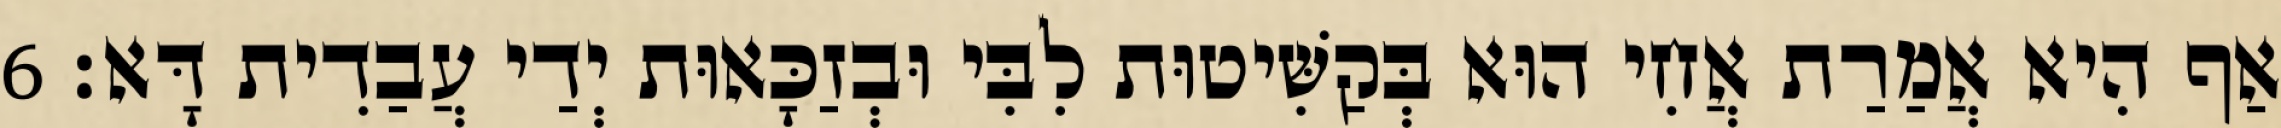
אַף הִיא אֲמַרַת אֲחִי הוּא בְּקַשִּׁיטוּת לִבִּי וּבְזַכָּאוּת יְדַי עֲבַדִית דָּא׃ 6